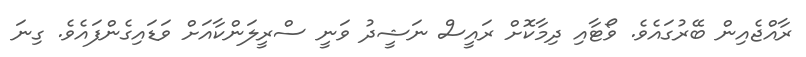
ރާއްޖެއިން ބޭރުގައެވެ. ވޯޓާއި ދިމާކޮށް ރައީސް ނަޝީދު ވަނީ ސްރީލަންކާއަށް ވަޑައިގެންފައެވެެ. ގިނަ